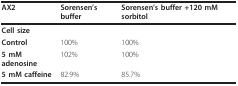
| AX2 | Sorensen's buffer | Sorensen's buffer +120 mM sorbitol |
 | --- | --- | --- |
 | Cell size |  |  |
 | Control | 100% | 100% |
 | 5 mM adenosine | 102% | 100% |
 | 5 mM caffeine | 82.9% | 85.7% |